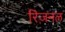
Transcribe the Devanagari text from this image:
रिज़नल